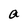
Character: a